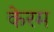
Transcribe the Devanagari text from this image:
केरम